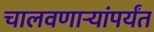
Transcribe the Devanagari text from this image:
चालवणार्‍यांपर्यंत